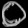
Digit: ၀